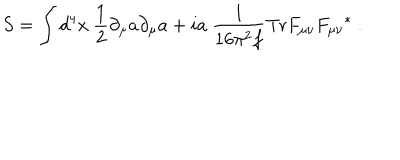
S = \int d ^ { 4 } x \ { \frac { 1 } { 2 } } \partial _ { \mu } a \partial _ { \mu } a + i a \ { \frac { 1 } { 1 6 \pi ^ { 2 } f } } \mathrm { T r } F _ { \mu \nu } { F _ { \mu \nu } } ^ { * } \ .